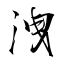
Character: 洩